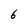
Character: 6